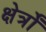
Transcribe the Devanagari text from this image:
क्षेर्त्रों